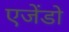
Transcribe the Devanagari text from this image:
एजेंडो